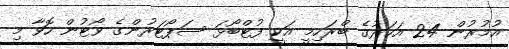
އުމުރުން 24 އަހަރުގެ ބްރަހިމީ އަކީ ފުޓްބޯޅަ ސަޕޯޓަރުންގެ ވޯޓުން ހޮވާ މި